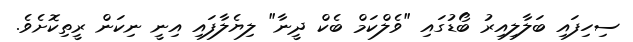
ސިހިފައި ބަލާލިއިރު ބޯޑުގައި "ވެލްކަމް ބެކް ދީނާ" ލިޔެލާފައި އިނީ ނިކަން ރީތިކޮށެވެ.